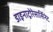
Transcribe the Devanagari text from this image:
डाइनाट्रोरेसार्सिनेट